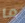
ما